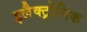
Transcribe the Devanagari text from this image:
इलैक्ट्रोनिक